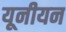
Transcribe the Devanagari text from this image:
यूनीयन